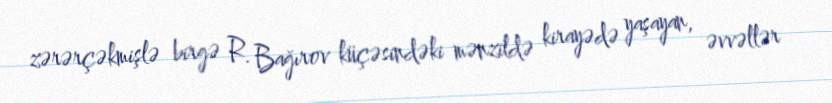
zərərçəkmişlə birgə R. Bağırov küçəsindəki mənzildə kirayədə yaşayan, əvvəllər